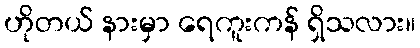
ဟိုတယ် နားမှာ ရေကူးကန် ရှိသလား။